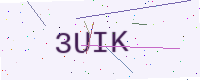
Text: 3UIK